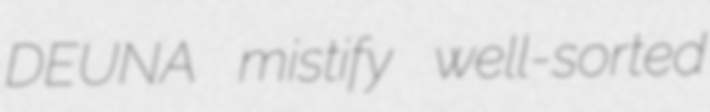
DEUNA mistify well-sorted